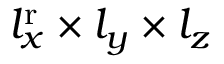
l _ { x } ^ { \mathrm { r } } \times l _ { y } \times l _ { z }